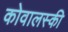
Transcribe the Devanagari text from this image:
कोवालस्की